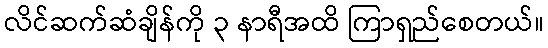
လိင်ဆက်ဆံချိန်ကို ၃ နာရီအထိ ကြာရှည်စေတယ်။